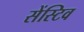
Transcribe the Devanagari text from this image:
सेंस्टिव